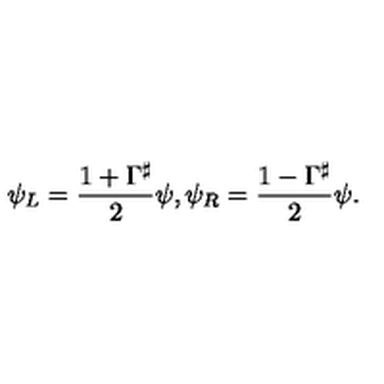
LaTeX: \psi _ { L } = \frac { 1 + \Gamma ^ { \sharp } } { 2 } \psi , \psi _ { R } = \frac { 1 - \Gamma ^ { \sharp } } { 2 } \psi .